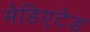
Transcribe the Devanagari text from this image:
मेडिएटेड